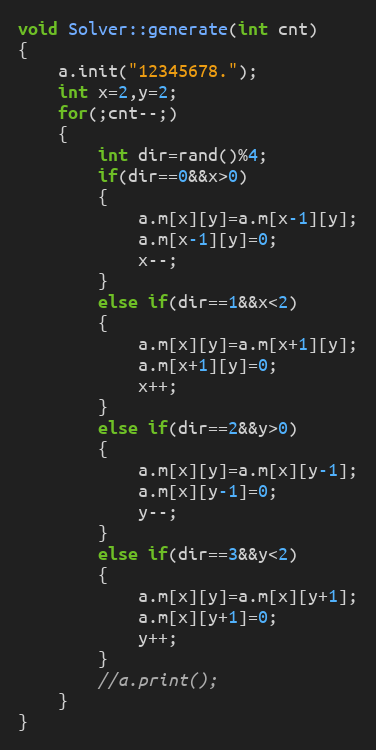
Language: C++
void Solver::generate(int cnt)
{
    a.init("12345678.");
    int x=2,y=2;
    for(;cnt--;)
    {
        int dir=rand()%4;
        if(dir==0&&x>0)
        {
            a.m[x][y]=a.m[x-1][y];
            a.m[x-1][y]=0;
            x--;
        }
        else if(dir==1&&x<2)
        {
            a.m[x][y]=a.m[x+1][y];
            a.m[x+1][y]=0;
            x++;
        }
        else if(dir==2&&y>0)
        {
            a.m[x][y]=a.m[x][y-1];
            a.m[x][y-1]=0;
            y--;
        }
        else if(dir==3&&y<2)
        {
            a.m[x][y]=a.m[x][y+1];
            a.m[x][y+1]=0;
            y++;
        }
        //a.print();
    }
}